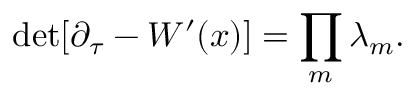
\mathrm { { d e t } } [ \partial _ { \tau } - W ^ { \prime } ( x ) ] = \prod _ { m } \lambda _ { m } .